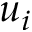
u _ { i }